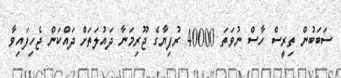
ސަބަބުން ތިރީސް ހާސް ނުވަތަ 40000 ރުފިޔާގެ ޖޫރިމަނާ ދައުލަތަަށް ދައްކަން ޖެހިފައިވާ